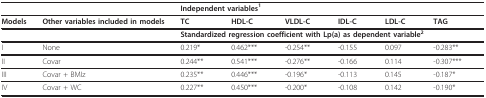
<table><thead><tr><td></td><td></td><td colspan="6"><b>Independent variables<sup>1</sup></b></td></tr></thead><tbody><tr><td><b>Models</b></td><td><b>Other variables included in models</b></td><td><b>TC</b></td><td><b>HDL-C</b></td><td><b>VLDL-C</b></td><td><b>IDL-C</b></td><td><b>LDL-C</b></td><td><b>TAG</b></td></tr><tr><td></td><td></td><td colspan="6"><b>Standardized regression coefficient with Lp(a) as dependent variable<sup>2</sup></b></td></tr><tr><td>I</td><td>None</td><td>0.219*</td><td>0.462***</td><td>-0.254**</td><td>-0.155</td><td>0.097</td><td>-0.283**</td></tr><tr><td>II</td><td>Covar</td><td>0.244**</td><td>0.541***</td><td>-0.276**</td><td>-0.166</td><td>0.114</td><td>-0.307***</td></tr><tr><td>III</td><td>Covar + BMIz</td><td>0.235**</td><td>0.446***</td><td>-0.196*</td><td>-0.113</td><td>0.145</td><td>-0.187*</td></tr><tr><td>IV</td><td>Covar + WC</td><td>0.227**</td><td>0.450***</td><td>-0.200*</td><td>-0.108</td><td>0.142</td><td>-0.190*</td></tr></tbody></table>